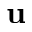
\textbf { u }